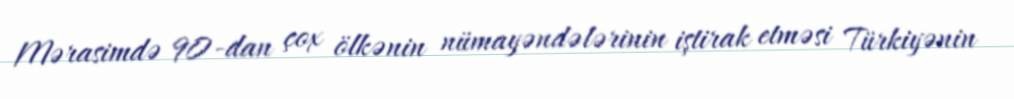
Mərasimdə 90-dan çox ölkənin nümayəndələrinin iştirak etməsi Türkiyənin